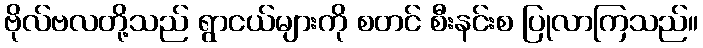
ဗိုလ်ဗလတို့သည် ရွာငယ်များကို စတင် စီးနင်းစ ပြုလာကြသည်။